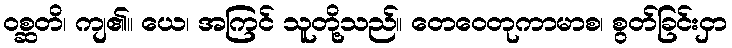
ဝစ္ဆတိ၊ ကျ၏။ ယေ၊ အကြင် သူတို့သည်။ တေဝေတုကာမာစ၊ စွတ်ခြင်းငှာ